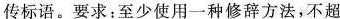
传标语。要求：至少使用一种修辞方法，不超